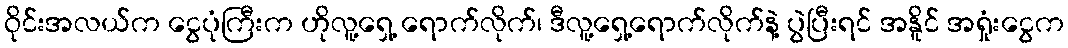
ဝိုင်းအလယ်က ငွေပုံကြီးက ဟိုလူ့ရှေ့ ရောက်လိုက်၊ ဒီလူ့ရှေ့ရောက်လိုက်နဲ့ ပွဲပြီးရင် အနိူင် အရှုံးငွေက